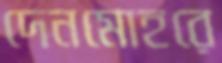
দেনমোহরে